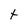
Character: t